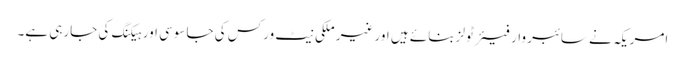
امریکہ نے سائبر وار فیئر ٹولز بنائے ہیں اور غیر ملکی نیٹ ورکس کی جاسوسی اور ہیکنگ کی جارہی ہے۔